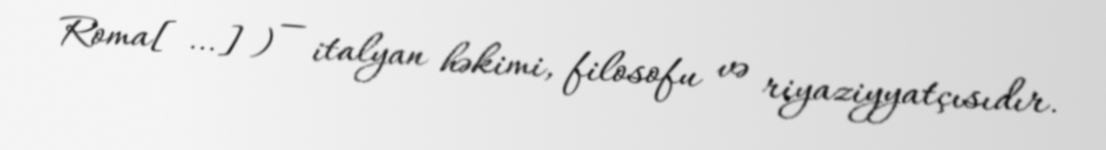
Roma[…]) — italyan həkimi, filosofu və riyaziyyatçısıdır.